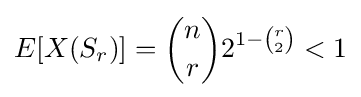
E[X(S_{r})]={n \choose r}2^{1-{r \choose 2}}<1